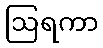
ဩရကာ